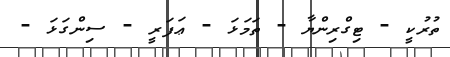
ތުރުކީ - ޓިގްރިންޔާ - ތަމަޅަ - ޢަފަރީ - ސިންގަޅަ -